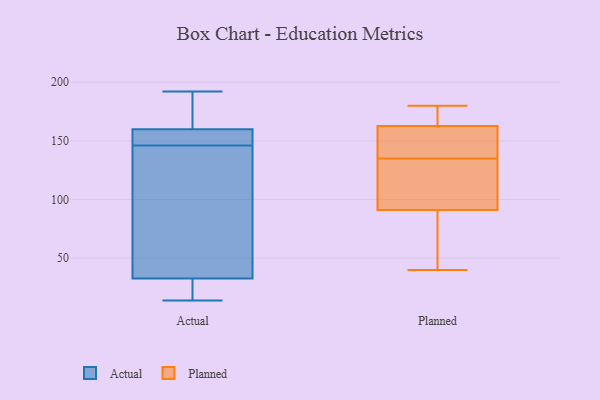
{"axis": {"x": "Bounce Rate (%)", "y": "Value"}, "legend": ["Actual", "Planned"], "data": [{"x": "", "y": 160, "type": "Actual"}, {"x": "", "y": 130, "type": "Actual"}, {"x": "", "y": 14, "type": "Actual"}, {"x": "", "y": 192, "type": "Actual"}, {"x": "", "y": 32, "type": "Actual"}, {"x": "", "y": 27, "type": "Actual"}, {"x": "", "y": 160, "type": "Actual"}, {"x": "", "y": 35, "type": "Actual"}, {"x": "", "y": 183, "type": "Actual"}, {"x": "", "y": 148, "type": "Actual"}, {"x": "", "y": 146, "type": "Actual"}, {"x": "", "y": 166, "type": "Planned"}, {"x": "", "y": 180, "type": "Planned"}, {"x": "", "y": 129, "type": "Planned"}, {"x": "", "y": 135, "type": "Planned"}, {"x": "", "y": 144, "type": "Planned"}, {"x": "", "y": 177, "type": "Planned"}, {"x": "", "y": 115, "type": "Planned"}, {"x": "", "y": 59, "type": "Planned"}, {"x": "", "y": 40, "type": "Planned"}, {"x": "", "y": 149, "type": "Planned"}, {"x": "", "y": 153, "type": "Planned"}, {"x": "", "y": 54, "type": "Planned"}, {"x": "", "y": 84, "type": "Planned"}, {"x": "", "y": 174, "type": "Planned"}, {"x": "", "y": 112, "type": "Planned"}]}